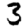
Digit: 3